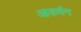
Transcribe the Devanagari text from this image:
आकर्षन